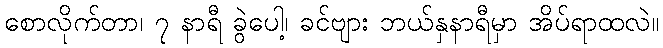
စောလိုက်တာ၊ ၇ နာရီ ခွဲပေါ့၊ ခင်ဗျား ဘယ်နှနာရီမှာ အိပ်ရာထလဲ။